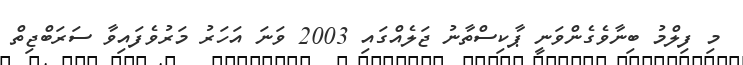
މި ފިލްމު ބިނާވެގެންވަނީ ޕާކިސްތާނު ޖަލެއްގައި 2003 ވަނަ އަހަރު މަރުވެފައިވާ ސަރަބްޖިތް